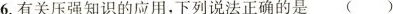
6.有关压强知识的应用，下列说法正确的是( )